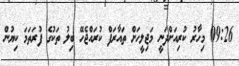
09:26 މިހާރު ކުރިއަށްދަނީ މަޖިލީހަށް ތައާރަފް ކުރައްޖެހޭ ބިލު ތަކުގެ ފުރަތަމަ ކިޔުން